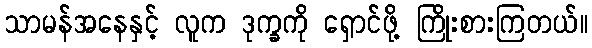
သာမန်အနေနှင့် လူက ဒုက္ခကို ရှောင်ဖို့ ကြိုးစားကြတယ်။